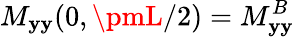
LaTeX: M_{\mathbf{y}\mathbf{y}}(0,\pmL/2)=M_{\mathbf{y}\mathbf{y}}^{B}